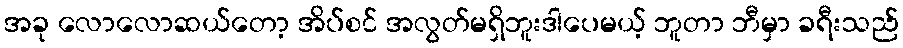
အခု လောလောဆယ်တော့ အိပ်စင် အလွတ်မရှိဘူးဒါပေမယ့် ဘူတာ ဘီမှာ ခရီးသည်